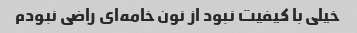
خیلی با کیفیت نبود از نون خامه‌ای راضی نبودم